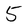
Character: 5